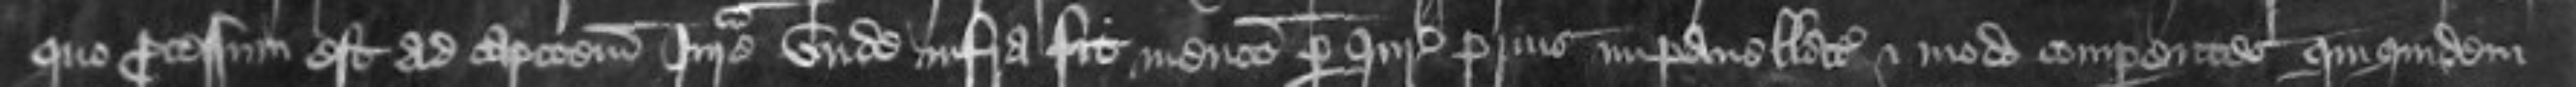
quo processum est ad capcionem Jurate unde infra fit mencio per Juratores prius impanellatos et modo comparentes quiquidem